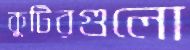
কুটিরগুলো